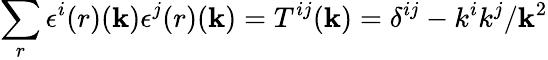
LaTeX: \sum_{r}\epsilon^{i}{(r)}({\mathbf k})\epsilon^{j}{(r)}({\mathbf k})=T^{ij}({\mathbf k})=\delta^{ij}-k^{i}k^{j}/{\mathbf k}^{2}